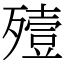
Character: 殪